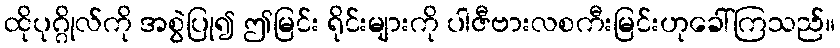
ထိုပုဂ္ဂိုလ်ကို အစွဲပြု၍ ဤမြင်း ရိုင်းများကို ပါဇီဗားလစကီးမြင်းဟုခေါ်ကြသည်။